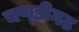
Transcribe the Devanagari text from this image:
चण्‍डीगढ